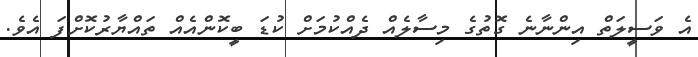
އެ ވަސީލަތް އިންނާނެ ގޮތުގެ މިސާލެއް ދެއްކުމަށް ކުޑަ ބީކޮންއެއް ތައްޔާރުކޮށްފަ އެވެ.